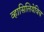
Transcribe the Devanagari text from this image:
व्हासिलियेविच